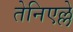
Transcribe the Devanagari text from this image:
तेनिएल्ले